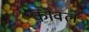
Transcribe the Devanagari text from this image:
कोवल